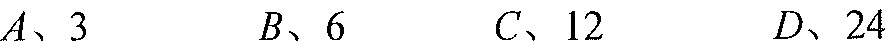
\(A、3\)  \(B、6\)  \(C、12\)  \(D、24\)